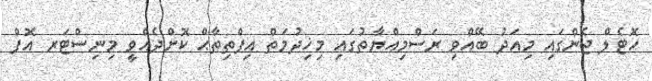
ހޮޓެލް ޖެންގައި މިއަދު ބޭއްވި ރަސްމިއްޔާތުގައި މިޚިދުމަތް އިފްތިތާޙް ކޮށްދެއްވީ މިނިސްޓަރ އޮފް